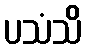
ပသံသိ